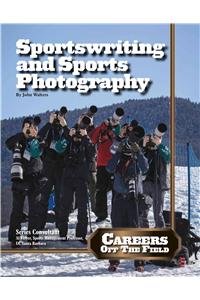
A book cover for Sportswriting and Sports Photography (Careers Off the Field); John Walters; Teen & Young Adult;